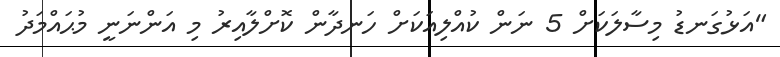
"އަޅުގަނޑު މިސާލަކަށް 5 ނަން ކުއްލިއަކަށް ހަނދާން ކޮށްލާއިރު މި އަންނަނީ މުޙައްމަދު